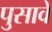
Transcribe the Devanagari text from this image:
पुसावें